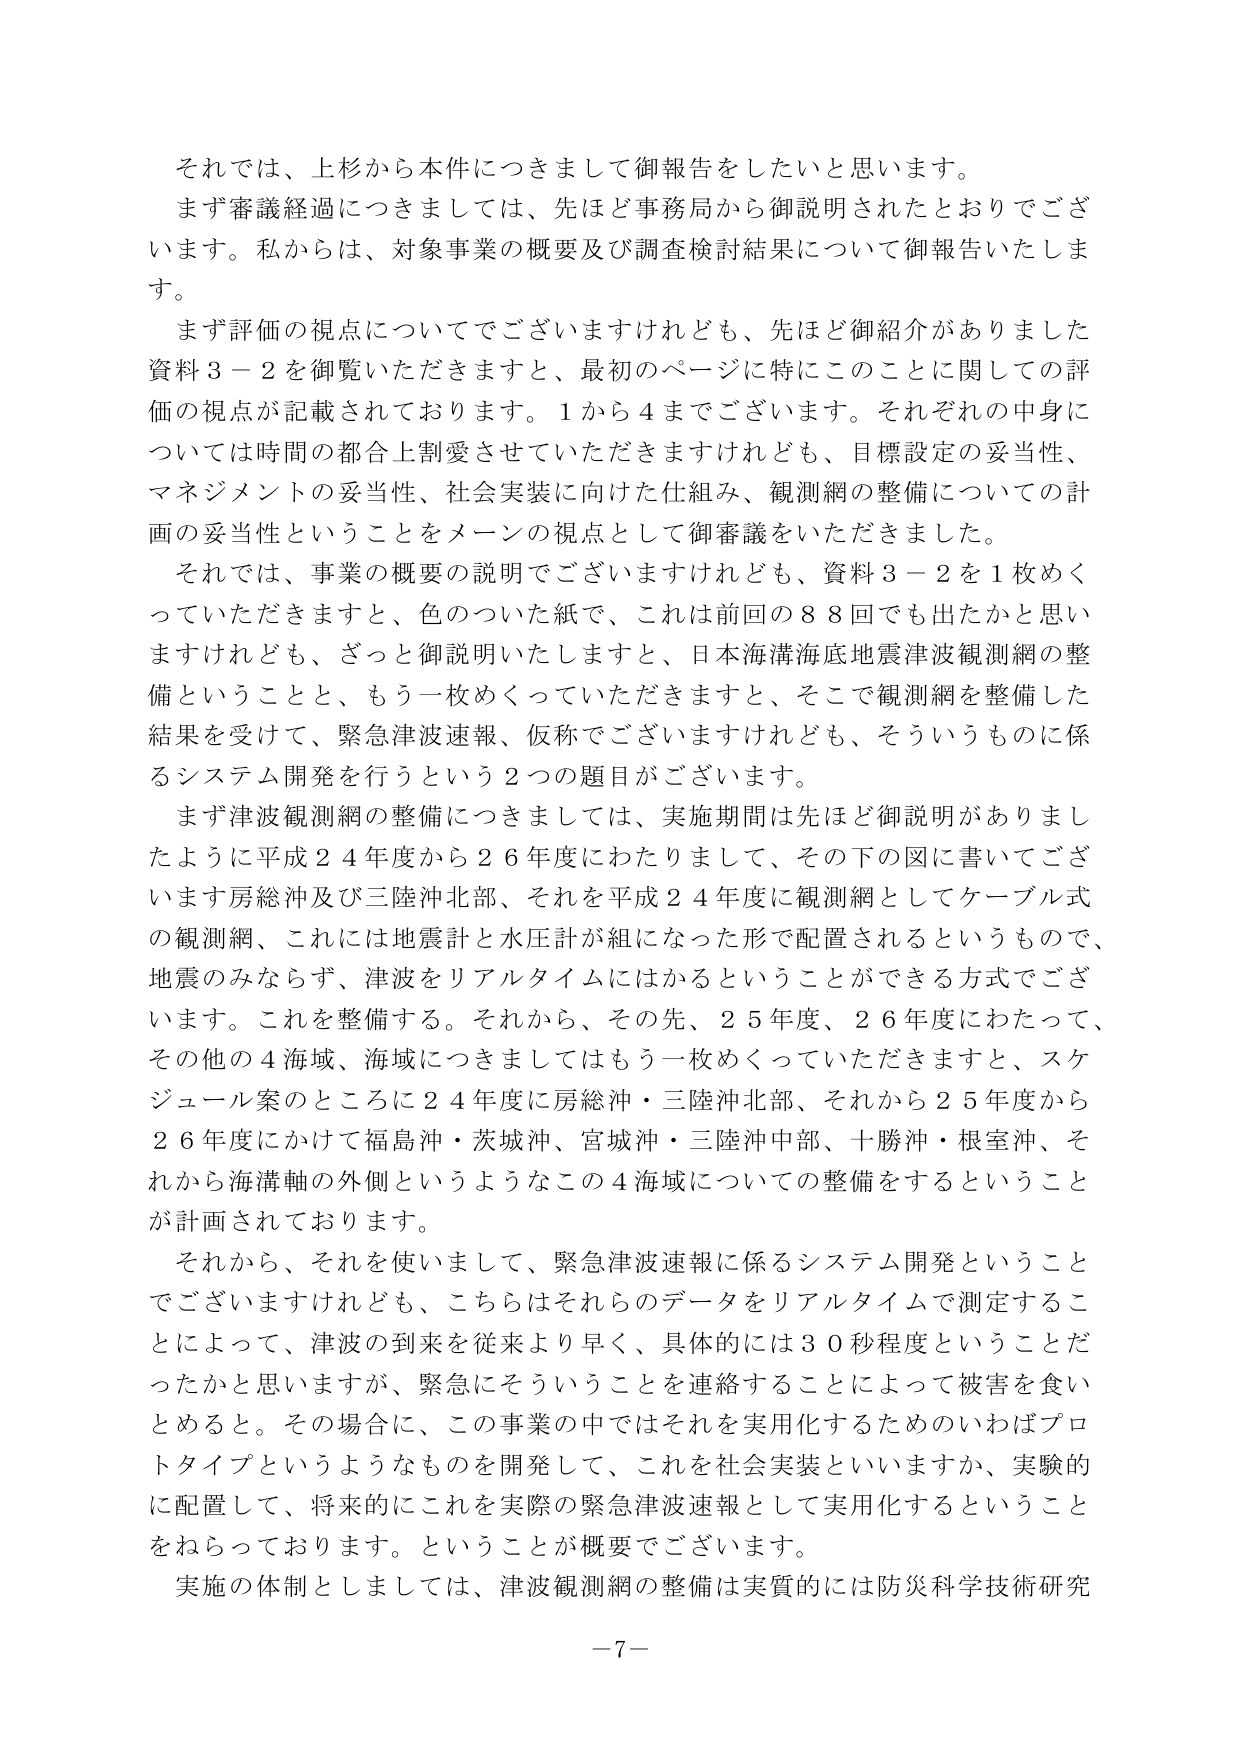
それでは、上杉から本件につきまして御報告をしたいと思います。
まず審議経過につきましては、先ほど事務局から御説明されたとおりでございます。私からは、対象事業の概要及び調査検討結果について御報告いたします。
まず評価の視点についてでございますけれども、先ほど御紹介がありました資料３－２を御覧いただきますと、最初のページに特にこのことに関しての評価の視点が記載されております。１から４までございます。それぞれの中身については時間の都合上割愛させていただきますけれども、目標設定の妥当性、マネジメントの妥当性、社会実装に向けた仕組み、観測網の整備についての計画の妥当性ということをメインの視点として御審議をいただきました。
それでは、事業の概要の説明でございますけれども、資料３－２を１枚めくっていただきますと、色のついた紙で、これは前回の８８回でも出たかと思いますけれども、ざっと御説明いたしますと、日本海溝海底地震津波観測網の整備ということと、もう一枚めくっていただきますと、そこで観測網を整備した結果を受けて、緊急津波速報、仮称でございますけれども、そういうものに係るシステム開発を行うという２つの題目がございます。
まず津波観測網の整備につきましては、実施期間は先ほど御説明がありましたように平成２４年度から２６年度にわたりまして、その下の図に書いてございます房総沖及び三陸沖北部、それを平成２４年度に観測網としてケーブル式の観測網、これには地震計と水圧計が組になった形で配置されるというもので、地震のみならず、津波をリアルタイムにはかることができる方式でございます。これを整備する。それから、その先、２５年度、２６年度にわたって、その他の４海域、海域につきましてはもう一枚めくっていただきますと、スケジュール案のところに２４年度に房総沖・三陸沖北部、それから２５年度から２６年度にかけて福島沖・茨城沖、宮城沖・三陸沖中部、十勝沖・根室沖、それから海溝軸の外側というようなこの４海域についての整備をするということが計画されております。
それから、それを使いまして、緊急津波速報に係るシステム開発ということでございますけれども、こちらはそれらのデータをリアルタイムで測定することによって、津波の到来を従来より早く、具体的には３０秒程度ということだったかと思いますが、緊急にそういうことを連絡することによって被害を食いとめると。その場合に、この事業の中ではそれを実用化するためのいわばプロトタイプというようなものを開発して、これを社会実装といいますか、実験的に配置して、将来的にこれを実際の緊急津波速報として実用化するということをねらっております。ということが概要でございます。
実施の体制としましては、津波観測網の整備は実質的には防災科学技術研究
－７－